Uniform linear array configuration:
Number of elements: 16
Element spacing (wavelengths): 1
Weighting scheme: binomial
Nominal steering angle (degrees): -60
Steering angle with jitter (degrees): -60.189
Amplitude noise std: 0.05
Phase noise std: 0.05

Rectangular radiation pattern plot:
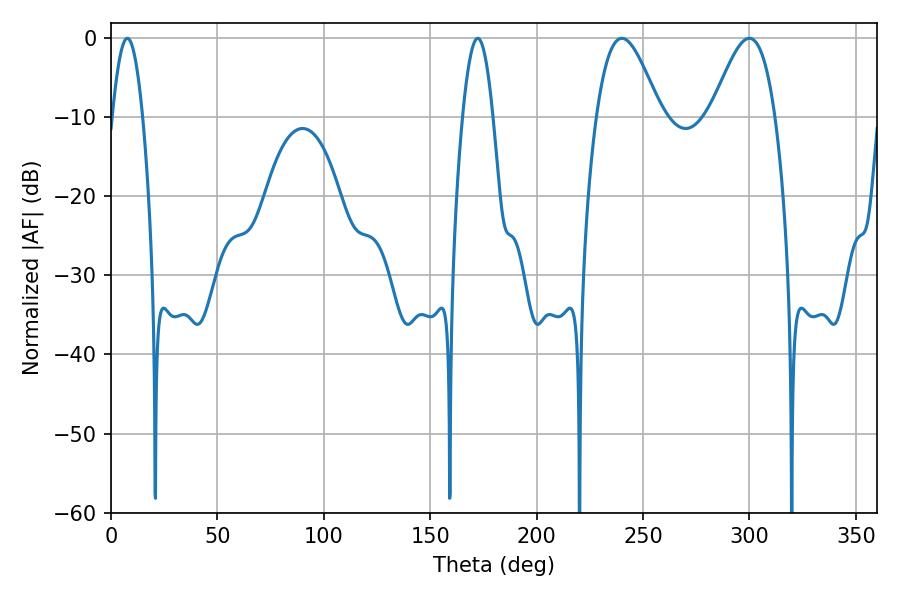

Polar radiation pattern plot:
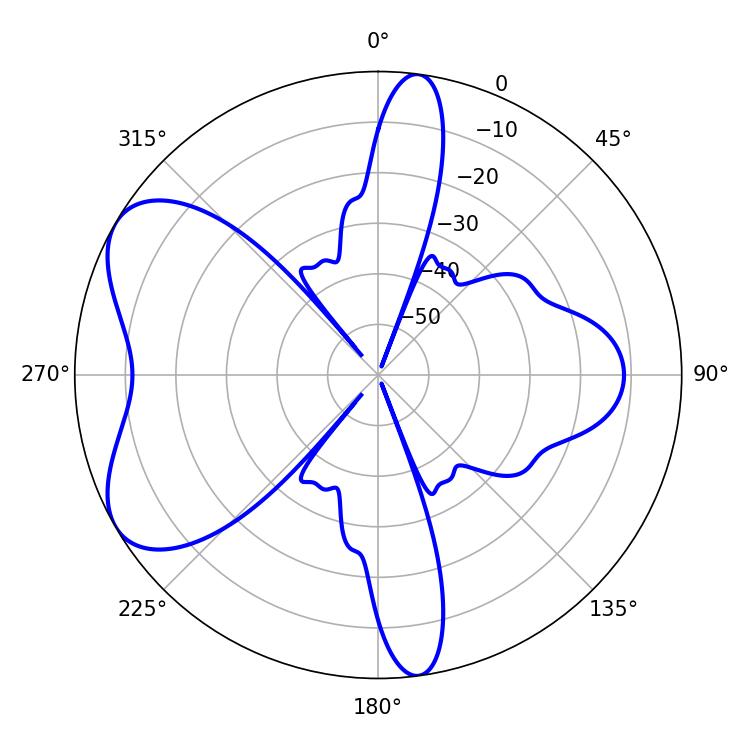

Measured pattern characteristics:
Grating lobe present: TRUE
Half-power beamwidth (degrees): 16.02
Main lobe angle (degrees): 299.88